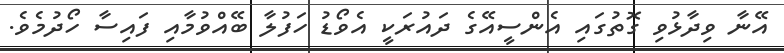
އޭނާ ވިދާޅުވި ގޮތުގައި އެންސީއޭގެ ދައުރަކީ އެވޯޑު ހަފުލާ ބޭއްވުމާއި ފައިސާ ހޯދުމެވެ.